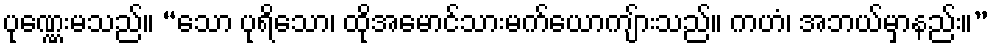
ပုဏ္ဏေးမသည်။ “သော ပုရိသော၊ ထိုအမောင်သားမက်ယောကျ်ားသည်။ ကဟံ၊ အဘယ်မှာနည်း။”